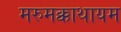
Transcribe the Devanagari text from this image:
मरुमक्काथायम